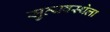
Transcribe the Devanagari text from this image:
सुव्यवस्थेला